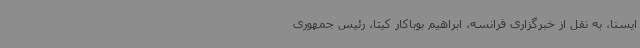
ایسنا، به نقل از خبرگزاری فرانسه، ابراهیم بوباکار کیتا، رئیس جمهوری